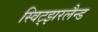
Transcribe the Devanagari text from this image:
स्विट्झरलैन्ड